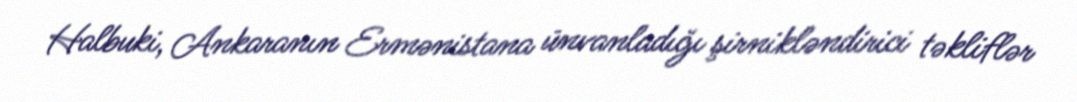
Halbuki, Ankaranın Ermənistana ünvanladığı şirnikləndirici təkliflər